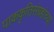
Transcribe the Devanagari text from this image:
पाककृतिसंग्रहांच्या